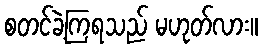
စတင်ခဲ့ကြရသည် မဟုတ်လား။